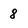
Character: 8